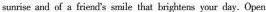
sunrise and of a friend's smile thai brightens your day. Open